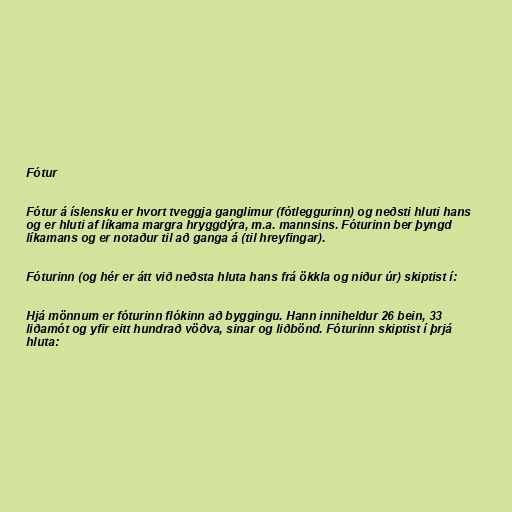
Fótur

Fótur á íslensku er hvort tveggja ganglimur (fótleggurinn) og neðsti hluti hans
og er hluti af líkama margra hryggdýra, m.a. mannsins. Fóturinn ber þyngd
líkamans og er notaður til að ganga á (til hreyfingar).

Fóturinn (og hér er átt við neðsta hluta hans frá ökkla og niður úr) skiptist í:

Hjá mönnum er fóturinn flókinn að byggingu. Hann inniheldur 26 bein, 33
liðamót og yfir eitt hundrað vöðva, sinar og liðbönd. Fóturinn skiptist í þrjá
hluta: